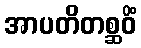
အာပတိတစ္ဆဝိံ